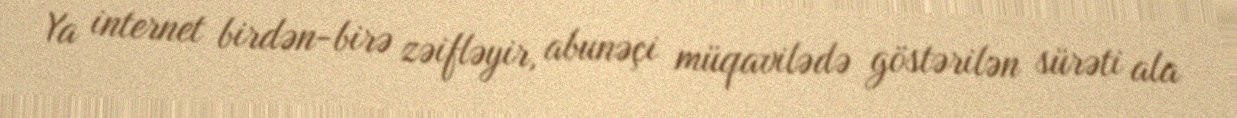
Ya internet birdən-birə zəifləyir, abunəçi müqavilədə göstərilən sürəti ala